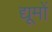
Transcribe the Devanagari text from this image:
द्यूमों